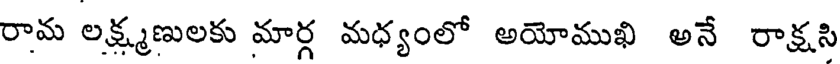
రామ లక్ష్మణులకు మార్గ మధ్యంలో అయోముఖి అనే రాక్షసి